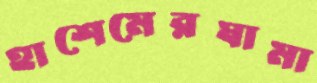
হাশেমেরঘামা